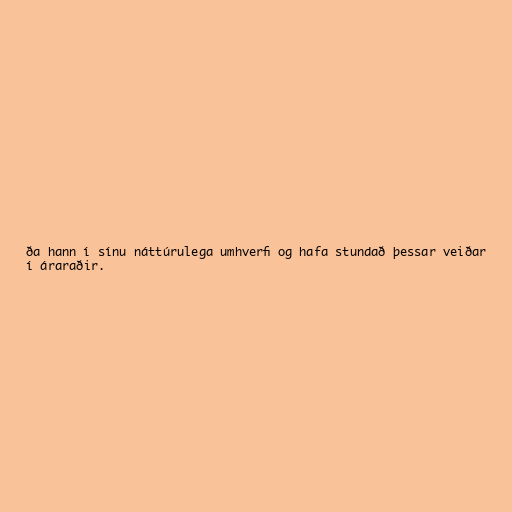
ða hann í sínu náttúrulega umhverfi og hafa stundað þessar veiðar
í áraraðir.